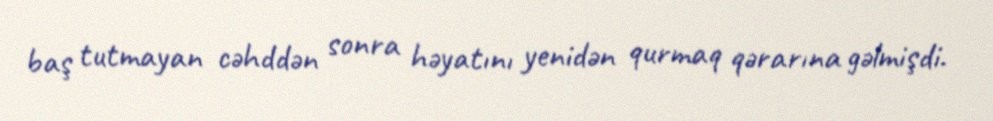
baş tutmayan cəhddən sonra həyatını yenidən qurmaq qərarına gəlmişdi.